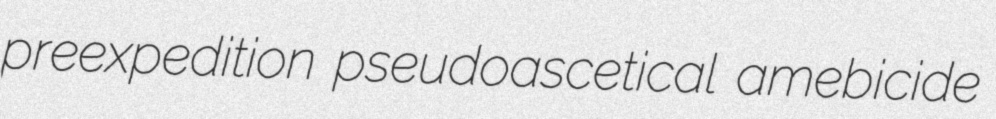
preexpedition pseudoascetical amebicide